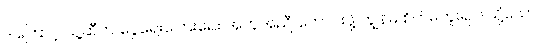
ဒါကြောင့် သူ့ဆီက ငွေရေးကြေးရေး အကူအညီ တောင်းဖို့ ကျွန်မ စိတ်မကူးရဲပါ။သို့သော်